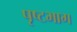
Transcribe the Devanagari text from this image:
पृष्टभाग